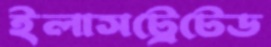
ইলাসট্রেটেড